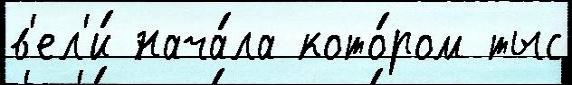
в'ел'и́ нача́ла кото́ром тыс